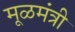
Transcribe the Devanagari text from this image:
मूळमंत्री